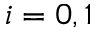
i = 0 , 1